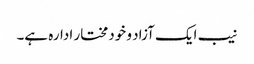
نیب ایک آزاد و خودمختار ادارہ ہے۔